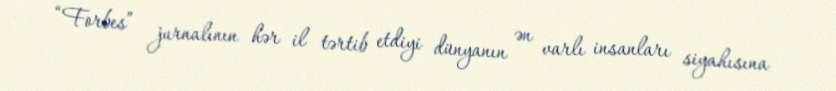
“Forbes” jurnalının hər il tərtib etdiyi dünyanın ən varlı insanları siyahısına